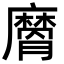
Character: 𭚉